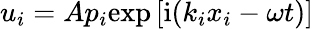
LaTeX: u_{i}=Ap_{i}\textrm{exp}\left[\mathrm{{i}}(k_{i}x_{i}-\omega t)\right]